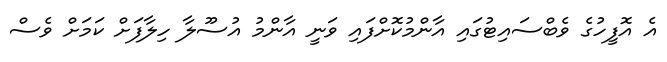
އެ އޮފީހުގެ ވެބްސައިޓުގައި އާންމުކޮށްފައި ވަނީ އާންމު އުސޫލާ ހިލާފަށް ކަމަށް ވެސް